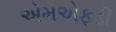
એમએફડી